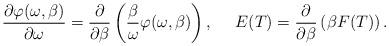
LaTeX: \begin{align*}\frac{\partial \varphi(\omega,\beta)}{\partial \omega}=\frac {\partial}{\partial \beta}\left( \frac{\beta}{\omega}\varphi(\omega,\beta) \right),~~~~E(T)=\frac{\partial}{\partial \beta}\left( \beta F(T)\right).\end{align*}